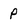
Character: P